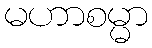
မဟာစမ္မာ